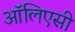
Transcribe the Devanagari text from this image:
ऑलिएसी